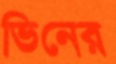
ভিনের